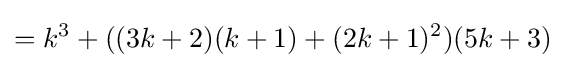
=k^{3}+((3k+2)(k+1)+(2k+1)^{2})(5k+3)